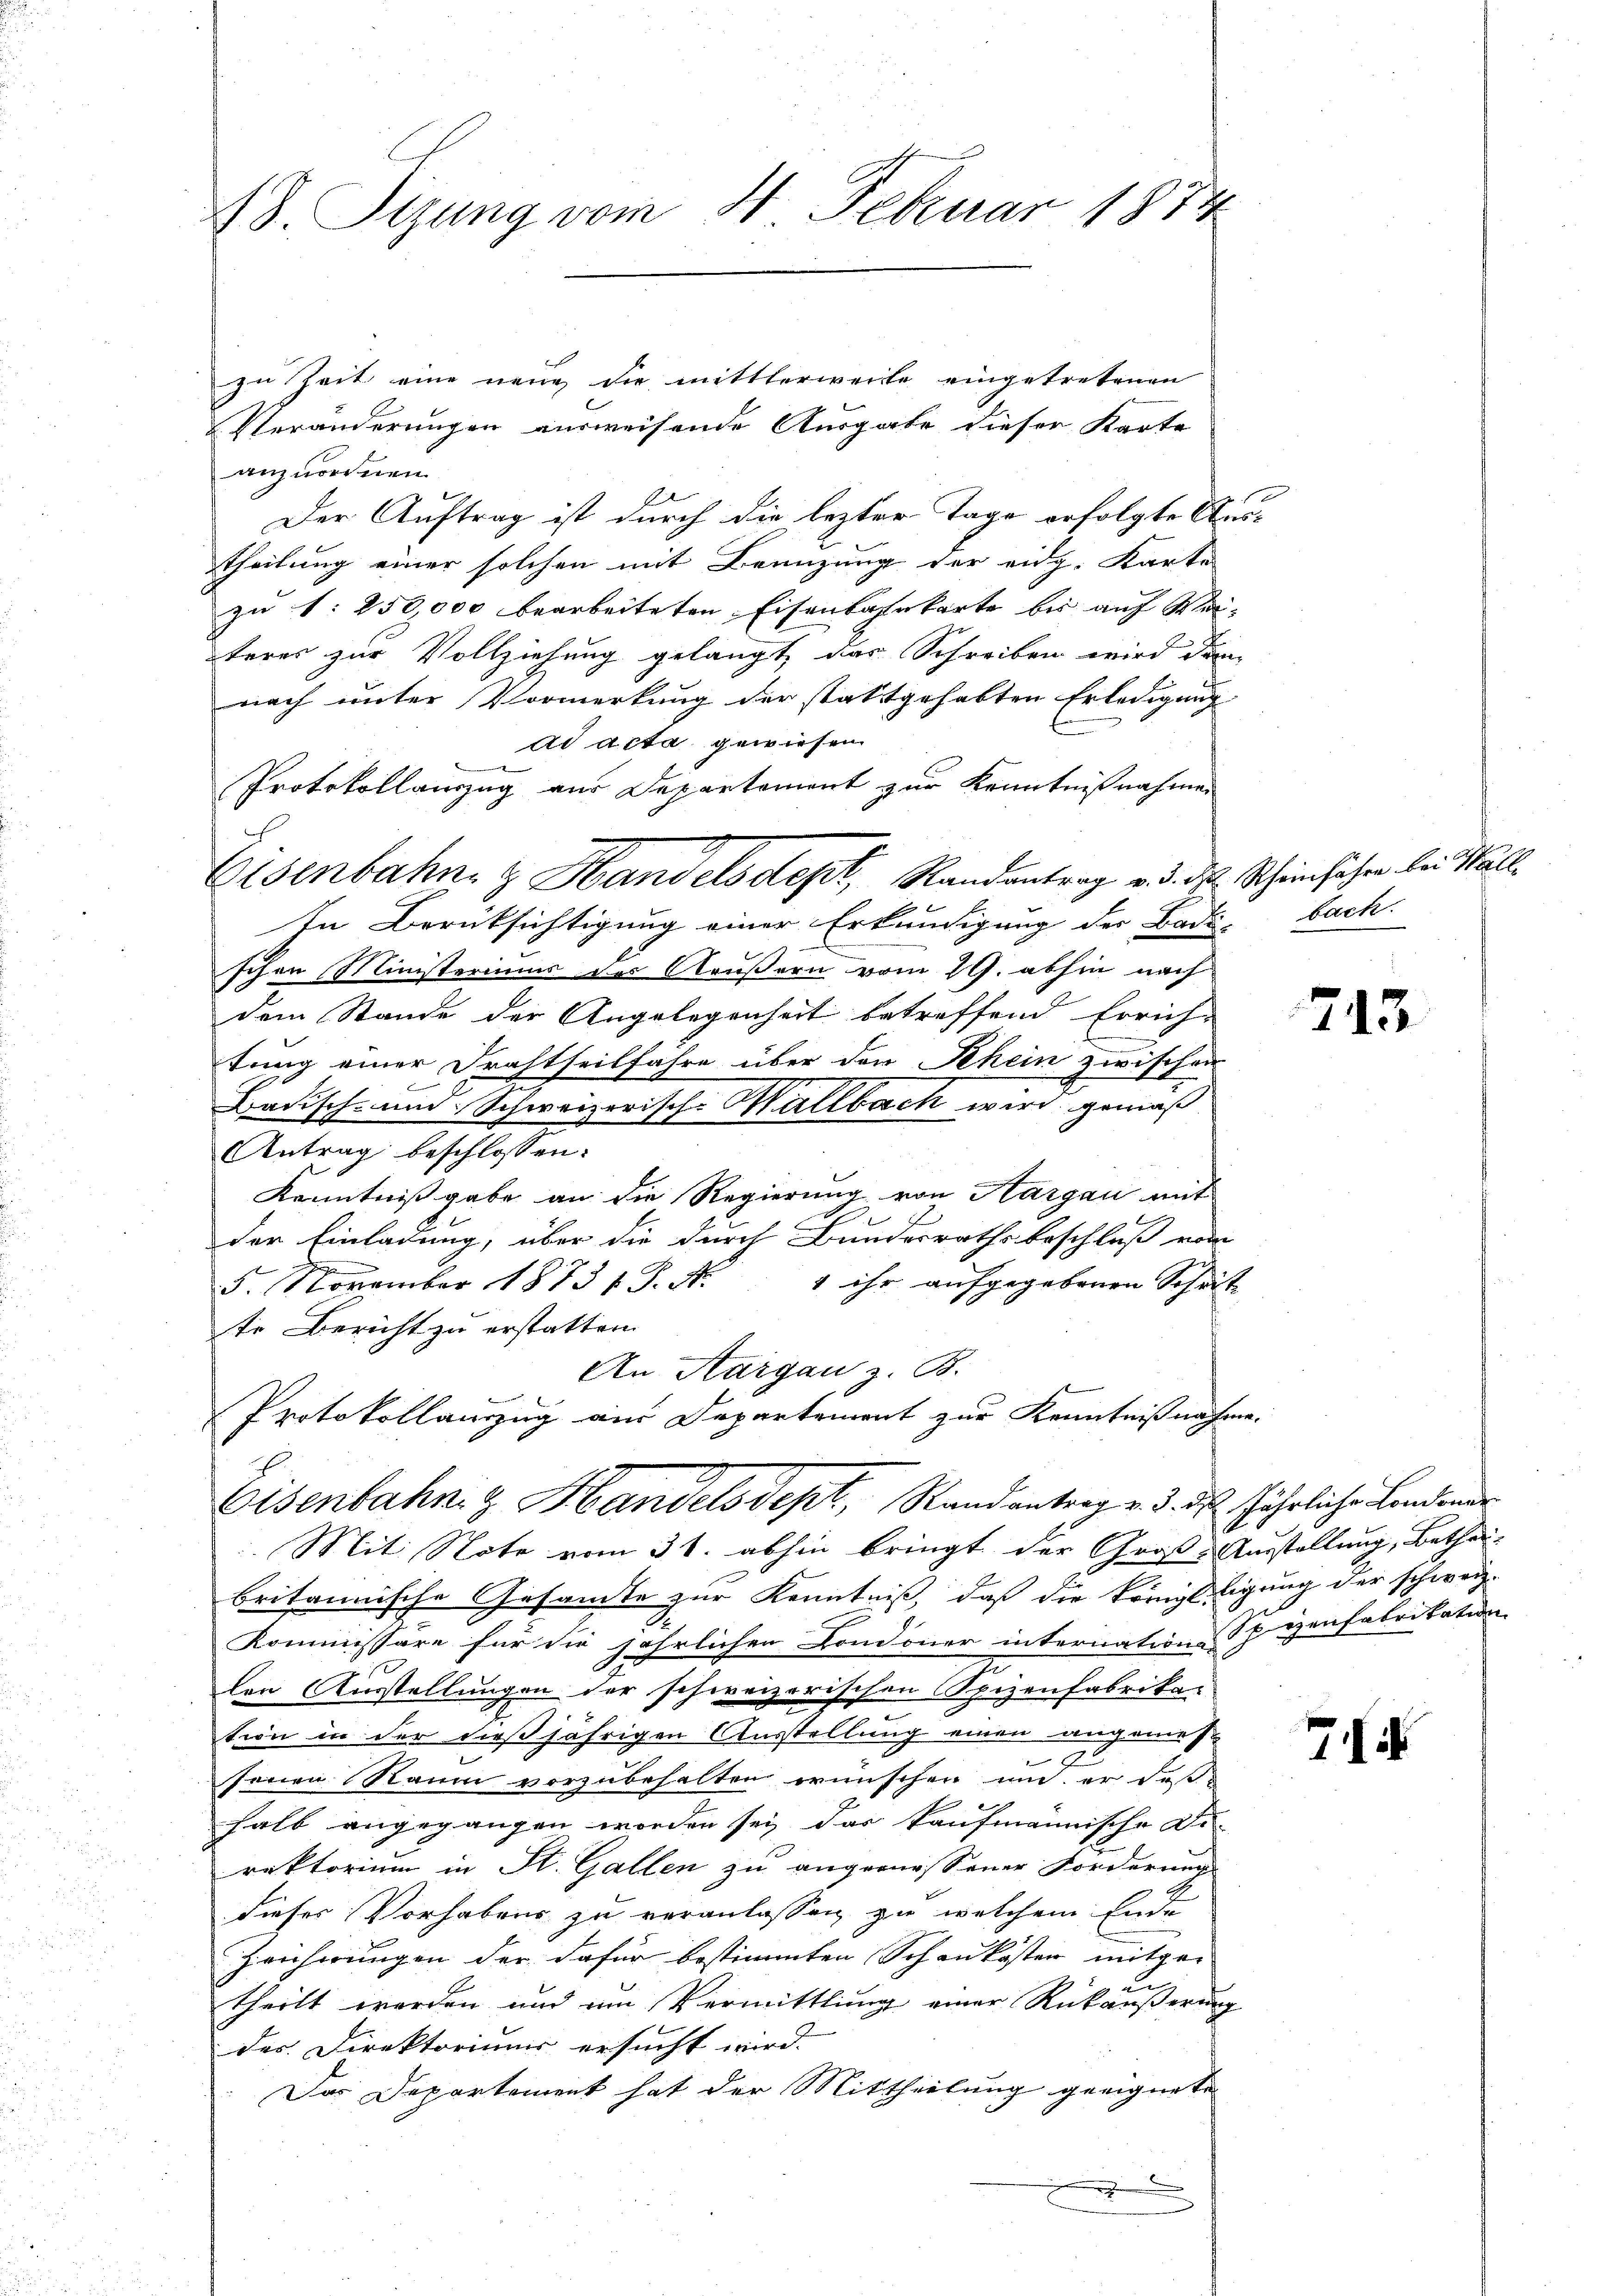
8. Sizung vom 21. Februar 1874

zu Zeit eine neue die mittlerweite eingetretenen
Veränderungen ausweisende Ausgabe dieser Karte
anzuordnen.
Der Auftrag ist durch die lezter Tage erfolgte Austheilung einer solchen mit Benuzung der eidg. Karte
zu 1. 250,000 bearbeiteten Eisenbahrkarte bis auf Weiteres zur Vollziehung gelangt, das Schreiben wird dann
nach unter Vormerkung der stattgehabten Erledigung
ad acta gewiesen
In Berüksichtigung einer Erkundigung der Bade, bach.
schen Ministeriums des Aeußern vom 29. abhin nach
dem Stande der Angelegenheit betreffend Errich-
.
tung einer Drahtheilfahre über den Rhein zwischen
Badisch- und Schweizerisch-Haltbach wird, gemäß
Antrag beschlossen:
Kenntnißgabe an die Regierung von Hargau mit
E
t
.
der Einladung, über die durch Bunderrathsbeschluß vom
5. November 1873 s. S. Nr. 1 ihr aufgegebenen Schritt
te Bericht zu erstatten.
An Aargau z. B.
Protokollauszug aus Departement zur Kenntnißnahme.

Protokollauszug aus Departement zur Kenntnißnahmen
Eisenbahn & Handelsdept, Randantrag v. d. d. Scheinfahre bei Wall

Eisenbahn- & Handelsdept, Randantrag v. 3. ds. jährliche Landenar

Mit Note vom 31. abhin bringt der Groß-Ausstellung, Bethei-
britannische Gesandte zur Kenntniß, daß die Prinzelligung der schweiz.
Kommissäre für die jährlichen Comoner internation Spyenfabrikation
len Ausstellungen der schweizerischen Spizenfabrikation in der dießjährigen Ausstellung einen angemes¬
.
serien Raum vorzubehalten wünschen und er deßhalb angegangen worden sei, das kaufmännische Di-
rektorium in St. Gallen zu angemessener Forderung
dieses Vorhabens zu veranlassen zu welchem Ende
Zeicherungen der dafür bestimmten Schaukosten mitge-
un
theilt worden und am Vermittlung einer Rückäußerung
der Direktoriums ersucht wird.
Das Departement hat der Mittheilung geeignete

713

7